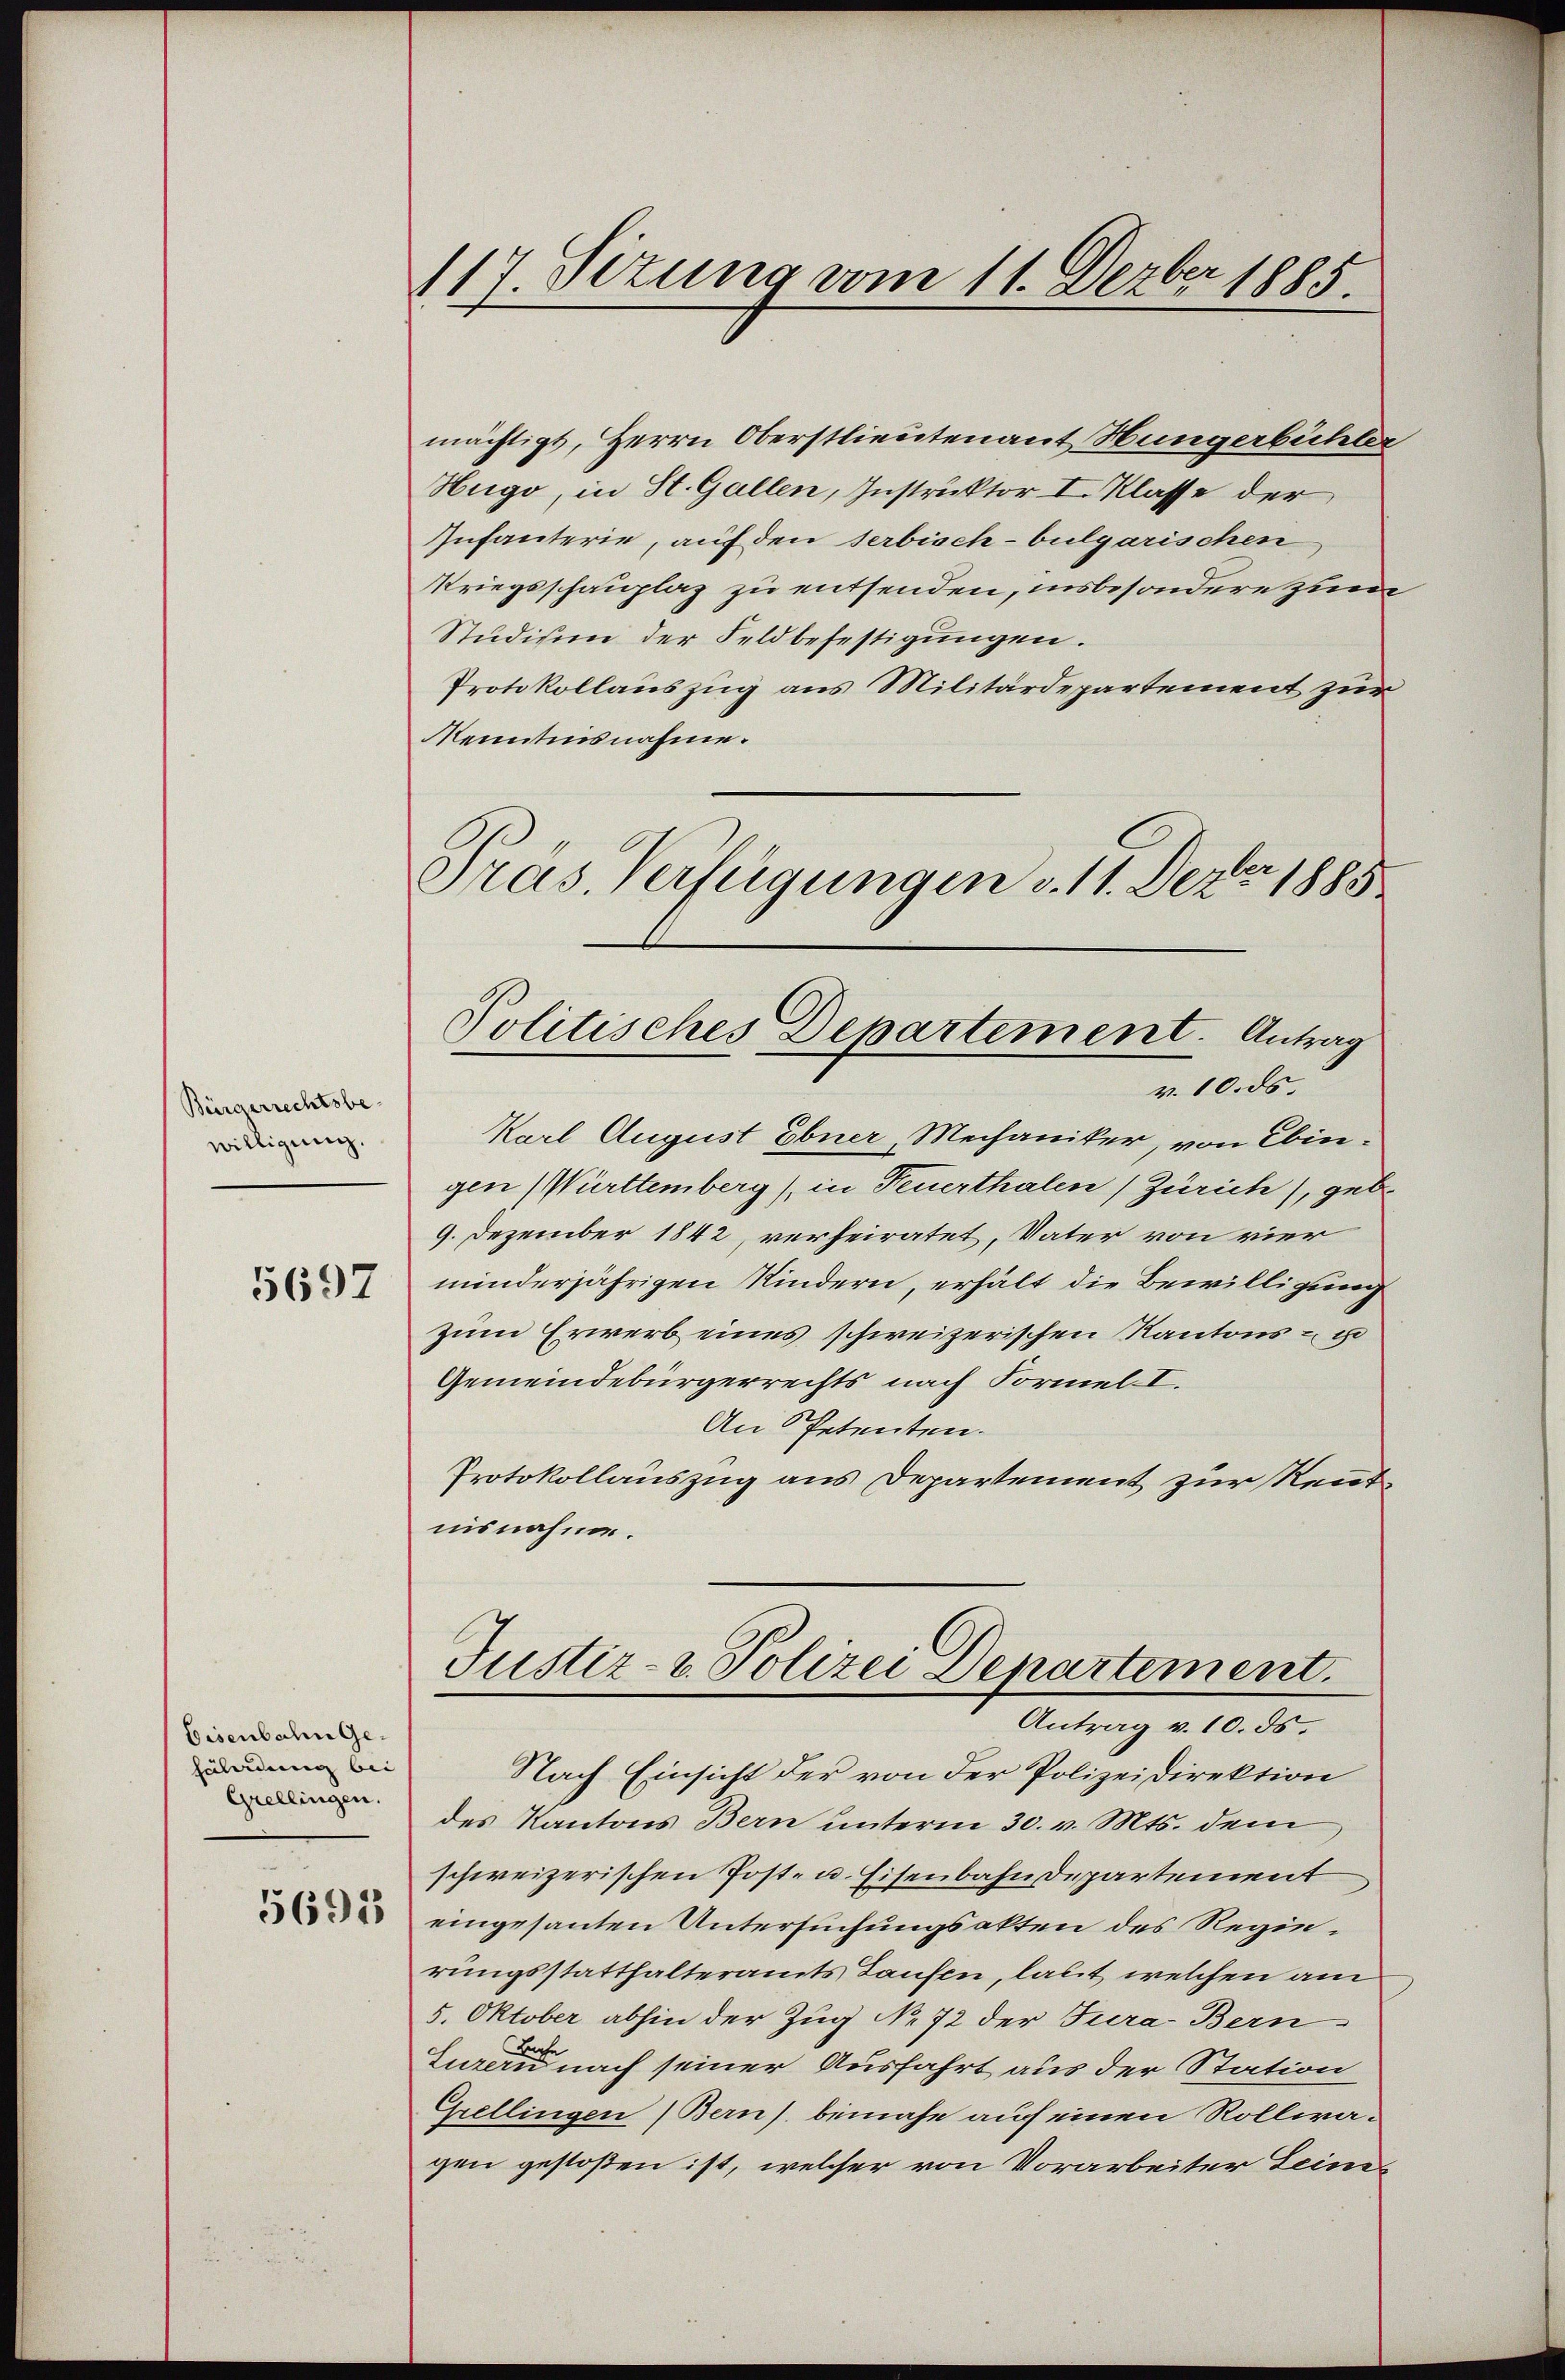
Bürgerrechtsbewilligung.

5697

Eisenbahn Gehäladung bei |
Grellingen.

5693

117. Sizung vom 11. Dezbr 1885.

mächtigt, Herrn Oberstlieutenant Hungerbüchler
Hugo, in St. Gallen, Instruktor I. Klasse der
Infanterie, auf den Serbisch-bulgarischen
Kriegsschauplaz zu entsenden, insbesondere zum
Studium der Feldbefestigungen.
Protokollauszug aus Militärdepartement zur
Kenntnisnahme.
Pras. Verfügungen v. 11. Dez. 1885

Politisches Departement. Antrag
v. 10. ds.

Karl August Ebner, Mechaniker, von Ebingen Württemberg), in Feuerthalen (Zürich), geb.
9. Dezember 1842, verheiratet, Vater von vier
minderjährigen Kindern, erhält die Bewilligung
zum Erwerb eines schweizerischen Kantons - u
Gemeindebürgerrechts nach Formel-I.
An Petenten.
Protokollauszug aus Departement zur Rentnisnahme.

Justiz- & Polizei Departement.
Antrag v. 10. ds.

Nach Einsicht der von der Polizeidirektion
des Kantons Bern unterm 30. v. Mts. dem
schweizerischen Post- u. Eisenbahndepartement
eingesanten Untersuchungsakten des Regierungsstatthalteramts Taufen, laut welchen am
5. Oktober abhin der Zug No 72 der Jura, Bern
turen nach seiner Ausfahrt aus der Station
Grellingen (Bern) beinahe auf einen Rollwagen gestoßen ist, welcher von Vorarbeiter Lein¬